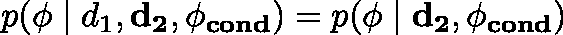
p ( \mathbf { \phi } \mid d _ { 1 } , \mathbf { d _ { 2 } } , \mathbf { \phi _ { c o n d } } ) = p ( \mathbf { \phi } \mid \mathbf { d _ { 2 } } , \mathbf { \phi _ { c o n d } } )